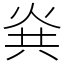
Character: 烡